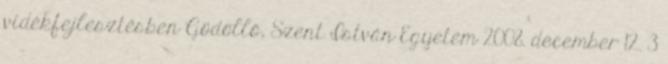
vidékfejlesztésben Gödöllő, Szent István Egyetem 2008. december 12. 3